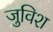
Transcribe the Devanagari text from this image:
जुविश